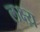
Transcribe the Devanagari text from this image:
लक्ष्य़